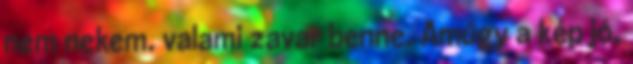
nem nekem. valami zavar benne. Amúgy a kép jó,